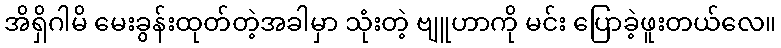
အိရှိဂါမိ မေးခွန်းထုတ်တဲ့အခါမှာ သုံးတဲ့ ဗျူဟာကို မင်း ပြောခဲ့ဖူးတယ်လေ။